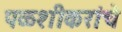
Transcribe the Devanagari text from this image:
पळशीकरांचे